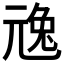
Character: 𠒢